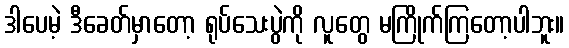
ဒါပေမဲ့ ဒီခေတ်မှာတော့ ရုပ်သေးပွဲကို လူတွေ မကြိုက်ကြတော့ပါဘူး။